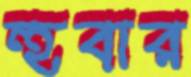
হুবার